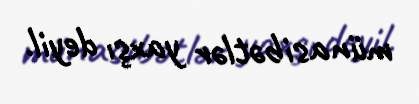
münasibətlər yaxşı deyil.